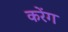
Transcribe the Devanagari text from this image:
करेंग